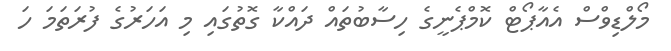
މޯލްޑިވްސް އެއާޕޯޓް ކޮމްޕެނީގެ ހިސާބުތައް ދައްކާ ގޮތުގައި މި އަހަރުގެ ފުރަތަމަ ހަ